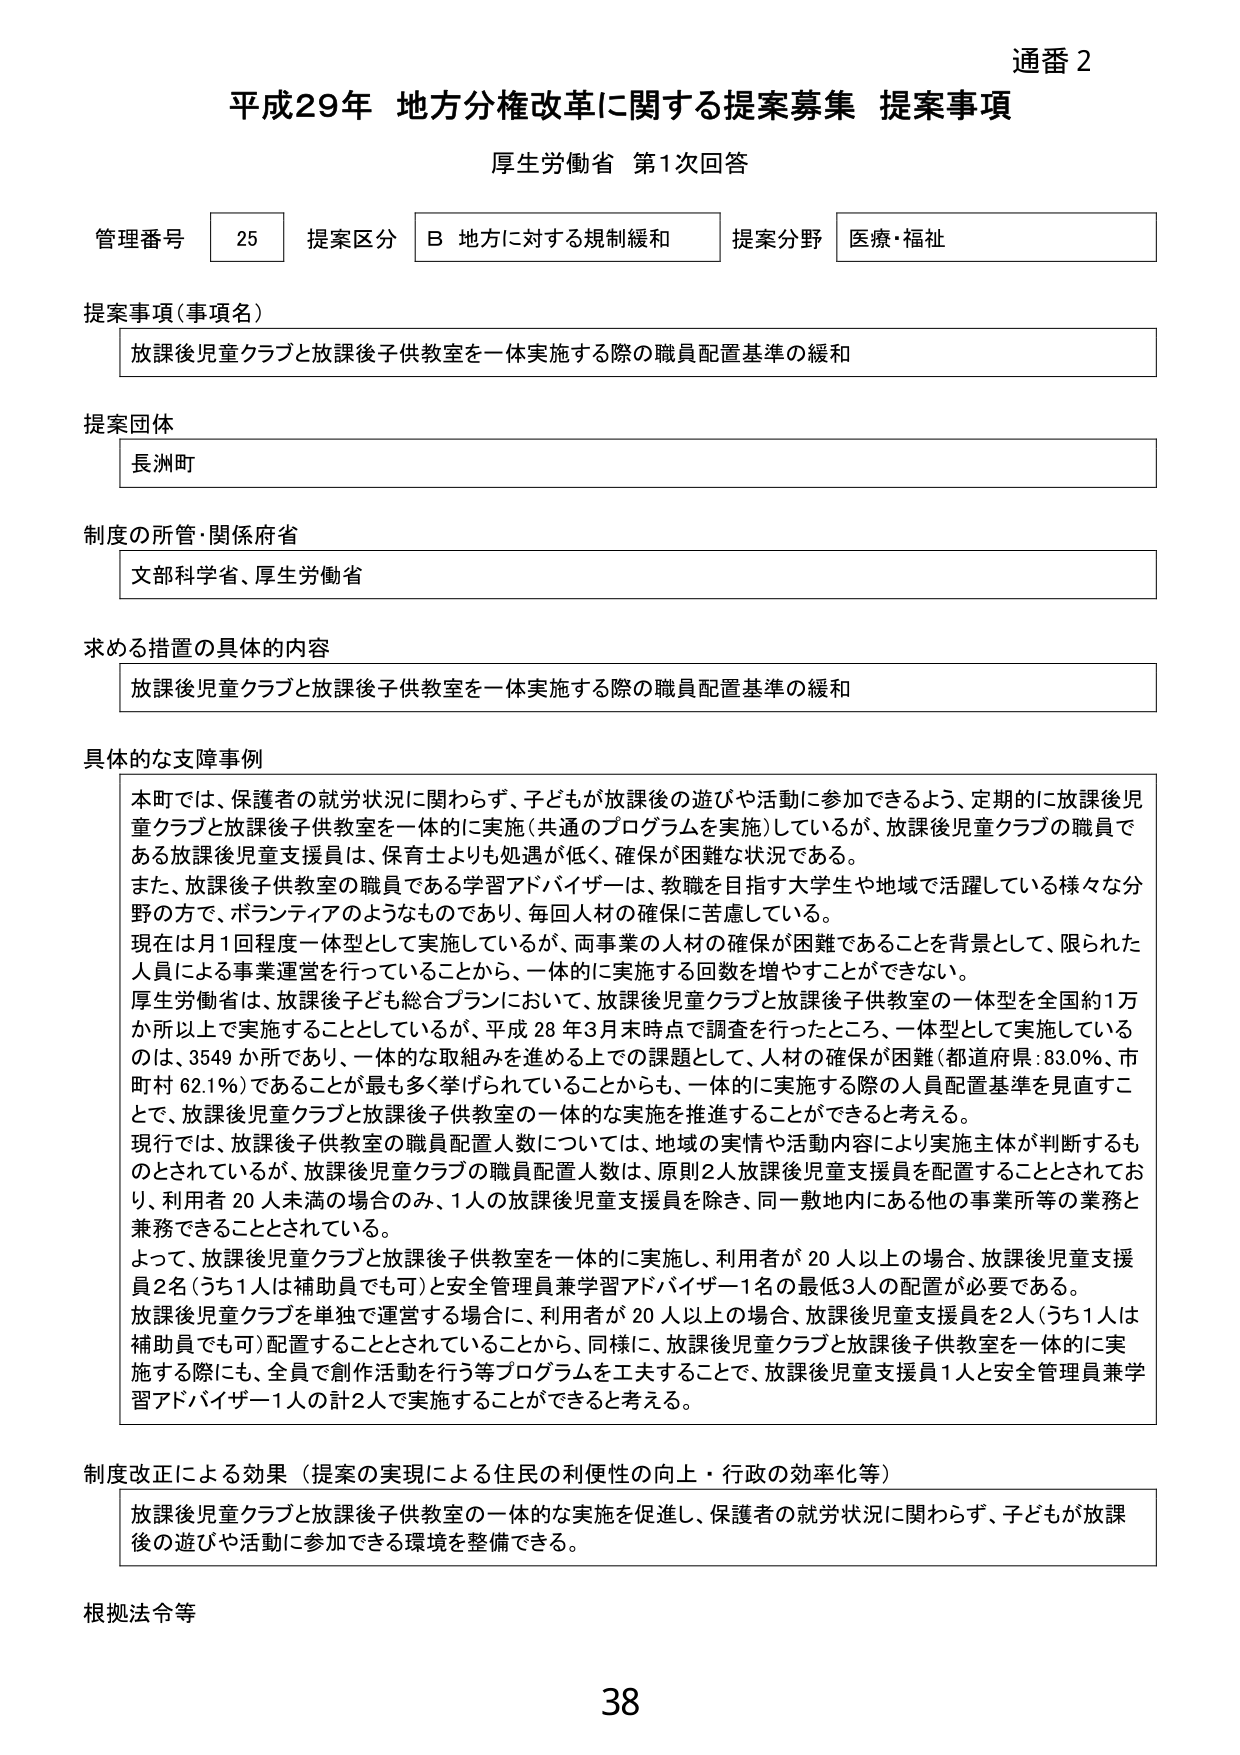
通番 2
平成29年 地方分権改革に関する提案募集 提案事項
厚生労働省 第1次回答

管理番号 25 提案区分 B 地方に対する規制緩和 提案分野 医療・福祉

提案事項（事項名）
放課後児童クラブと放課後子供教室を一体実施する際の職員配置基準の緩和

提案団体
長洲町

制度の所管・関係府省
文部科学省、厚生労働省

求める措置の具体的内容
放課後児童クラブと放課後子供教室を一体実施する際の職員配置基準の緩和

具体的な支障事例
本町では、保護者の就労状況に関わらず、子どもが放課後の遊びや活動に参加できるよう、定期的に放課後児童クラブと放課後子供教室を一体的に実施（共通のプログラムを実施）しているが、放課後児童クラブの職員である放課後児童支援員は、保育士よりも処遇が低く、確保が困難な状況である。
また、放課後子供教室の職員である学習アドバイザーは、教職を目指す大学生や地域で活躍している様々な分野の方で、ボランティアのようなものであり、毎回人材の確保に苦慮している。
現在は月1回程度一体型として実施しているが、両事業の人材の確保が困難であることを背景として、限られた人員による事業運営を行っていることから、一体的に実施する回数を増やすことができない。
厚生労働省は、放課後子ども総合プランにおいて、放課後児童クラブと放課後子供教室の一体型を全国約1万か所以上で実施することとしているが、平成28年3月末時点で調査を行ったところ、一体型として実施しているのは、3549か所であり、一体的な取組みを進める上での課題として、人材の確保が困難（都道府県：83.0％、市町村 62.1％）であることが最も多く挙げられていることからも、一体的に実施する際の人員配置基準を見直すことと、放課後児童クラブと放課後子供教室の一体的な実施を推進することができると考える。
現行では、放課後子供教室の職員配置人数については、地域の実情や活動内容により実施主体が判断するものとされているが、放課後児童クラブの職員配置人数は、原則2人放課後児童支援員を配置することとされており、利用者20人未満の場合のみ、1人の放課後児童支援員を除き、同一敷地内にある他の事業所等の業務と兼務できることとされている。
よって、放課後児童クラブと放課後子供教室を一体的に実施し、利用者が20人以上の場合、放課後児童支援員2名（うち1人は補助員でも可）と安全管理員兼学習アドバイザー1名の最低3人の配置が必要である。
放課後児童クラブを単独で運営する場合に、利用者が20人以上の場合、放課後児童支援員を2人（うち1人は補助員でも可）配置することとされていることから、同様に、放課後児童クラブと放課後子供教室を一体的に実施する際にも、全員で創作活動を行う等プログラムを工夫することで、放課後児童支援員1人と安全管理員兼学習アドバイザー1人の計2人で実施することができると考える。

制度改正による効果（提案の実現による住民の利便性の向上・行政の効率化等）
放課後児童クラブと放課後子供教室の一体的な実施を促進し、保護者の就労状況に関わらず、子どもが放課後の遊びや活動に参加できる環境を整備できる。

根拠法令等

38